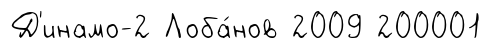
Д'инамо-2 Лоба́нов 2009 200001